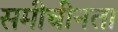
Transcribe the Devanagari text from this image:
समीचीनता